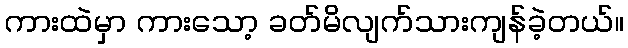
ကားထဲမှာ ကားသော့ ခတ်မိလျက်သားကျန်ခဲ့တယ်။